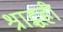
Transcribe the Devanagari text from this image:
श्राद्धही